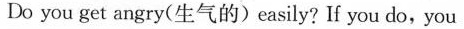
Do you get angry(生气的)easily? If you do, you